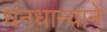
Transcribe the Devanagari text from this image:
धनधान्याने